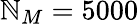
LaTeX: \mathbb{N}_{M}=5000